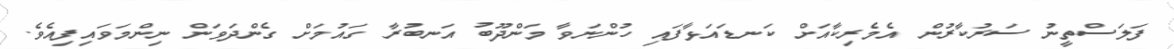
ފަލަސްތީނު ސަރުކާރުން އެމެރިކާއަށް ކަނޑައަޅާފައި ހުންނަވާ މަންދޫބު އަނބުރާ ގައުމަށް ގެންދަވަން ނިންމަވައިފިއެވެ.